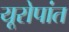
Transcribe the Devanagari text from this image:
यूरोपांत